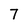
Character: 7